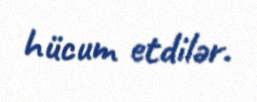
hücum etdilər.